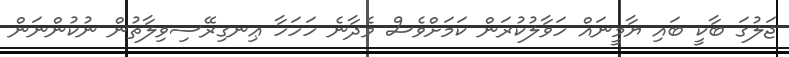
ޖަލުގަ ބާކީ ބައި ޔާމީނައް ހަވާލުކުރަން ކަމަށްވެސް ވެދާނެ ހަހަހާ ޢިނގިރޭސިވިލާތުން ނުކުންނަން